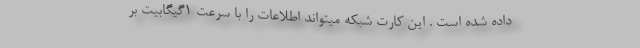
داده شده است . این کارت شبکه میتواند اطلاعات را با سرعت 1گیگابیت بر